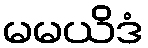
မမယိဒံ